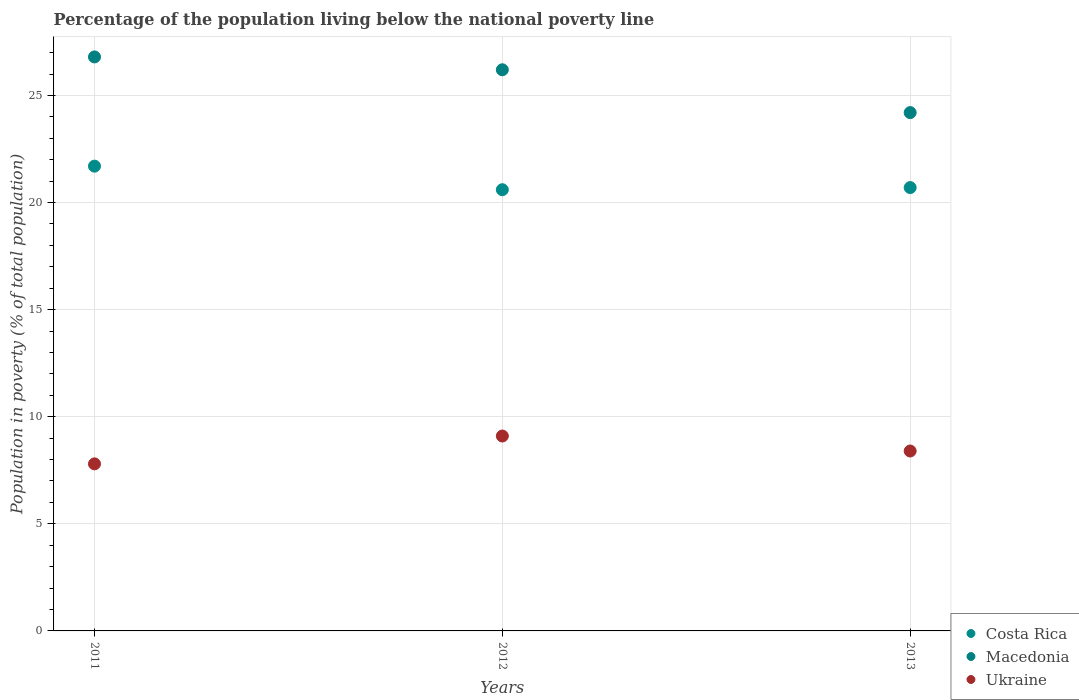
| Years | Costa Rica | Macedonia | Ukraine |
 | --- | --- | --- | --- |
 | 2011 | 21.7 | 26.8 | 7.8 |
 | 2012 | 20.6 | 26.2 | 9.1 |
 | 2013 | 20.7 | 24.2 | 8.4 |